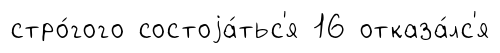
стро́гого состоjа́тьс'я 16 отказа́лс'я